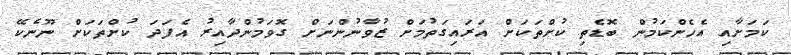
ކަމަށާއި އެހެންކަމުން ބޮޑެތި ކުށްތަކަށް އަރައިގަތުމަށް ޒުވާނުންނަށް ގޮވަމުންދާއިރު އެފަދަ ކުށްތަކަށް ނޫނެކޭ